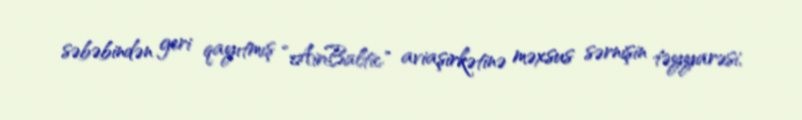
səbəbindən geri qayıtmış “AirBaltic" aviaşirkətinə məxsus sərnişin təyyarəsi,